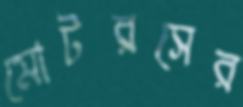
মোটরসের